Report of the Hyderabad Chloroform Commission
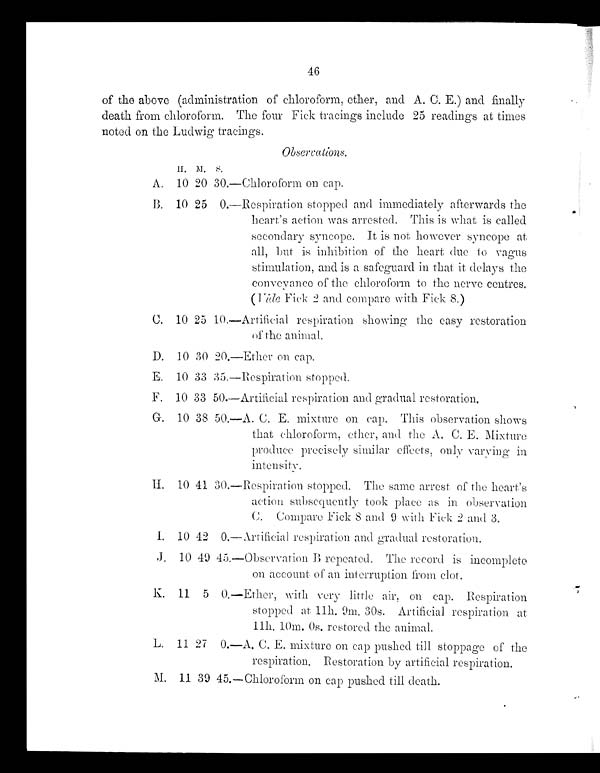
46
of the above (administration of chloroform, ether, and A. C. E.) and finally
death from chloroform. The four Fick tracings include 25 readings at times
noted on the Ludwig tracings.
Observations.
H . M .
S .
A. 10 20 30.—Chloroform on cap.
B. 10 25 0. —Respi r at i on st opped and i mmedi at el y af t er war ds t he
heart's action was arrested. This is what is called
secondary syncope. It is not however syncope at
all, but is inhibition of the heart due to vagus
stimulation, and is a safeguard in that it delays the
conve y ance of the chloroform to the nerve centres.
(Vide Fick 2 and compare with Fick 8.)
C. 10 25 10. —Art i fi ci al respi rat i on showi ng t he easy rest orat i on
of the animal.
D. 10 30 20.—Ether on cap.
E. 10 33 35.—Respiration stopped.
F. 10 33 50.—Artificial respiration and gradual restoration.
G. 10 38 50. —A. C. E. mi xt ure on cap. Thi s observat i on shows
that chloroform, ether, and. the A. C. E. Mixture
produce precisely similar effects, only varying in
intensity.
H. 10 41 30. —Respi r at i on st opped. The same ar r est of t he hear t ' s
action subsequently took place as in observation
C. Compare Fick 8 and 9 with Fick 2 and 3.
I. 10 42 0.—Artificial respiration and gradual restoration.
J. 10 49 45.—Observation B repeated. The record is incomplete
on account of an interruption from clot.
K . 1 1
5 0 . — E t h e r , w i t h v e r y l i t t l e a i r , o n c a p . R e s p i r a t i o n
stopped at 11h. 9m. 30s. Artificial respiration at
11m. 10m. 0s, restored the animal.
L . 1 1
2 7 0 . — A . C . E . m i x t u r e o n c a p p u s h e d t i l l . s t o p p a g e o f t h e
respiration. Restoration by artificial respiration.
M . 1 1
3 9 4 5 . — C h l o r o f o r m o n c a p p u s h e d t i l l d e a t h .